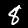
Digit: 8